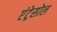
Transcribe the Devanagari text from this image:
एंट्रेसोल